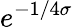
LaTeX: e^{-1/4\sigma}